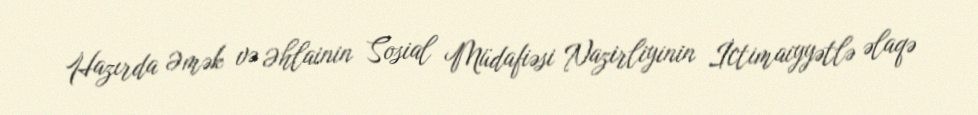
Hazırda Əmək və Əhlainin Sosial Müdafiəsi Nazirliyinin İctimaiyyətlə əlaqə